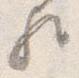
歟